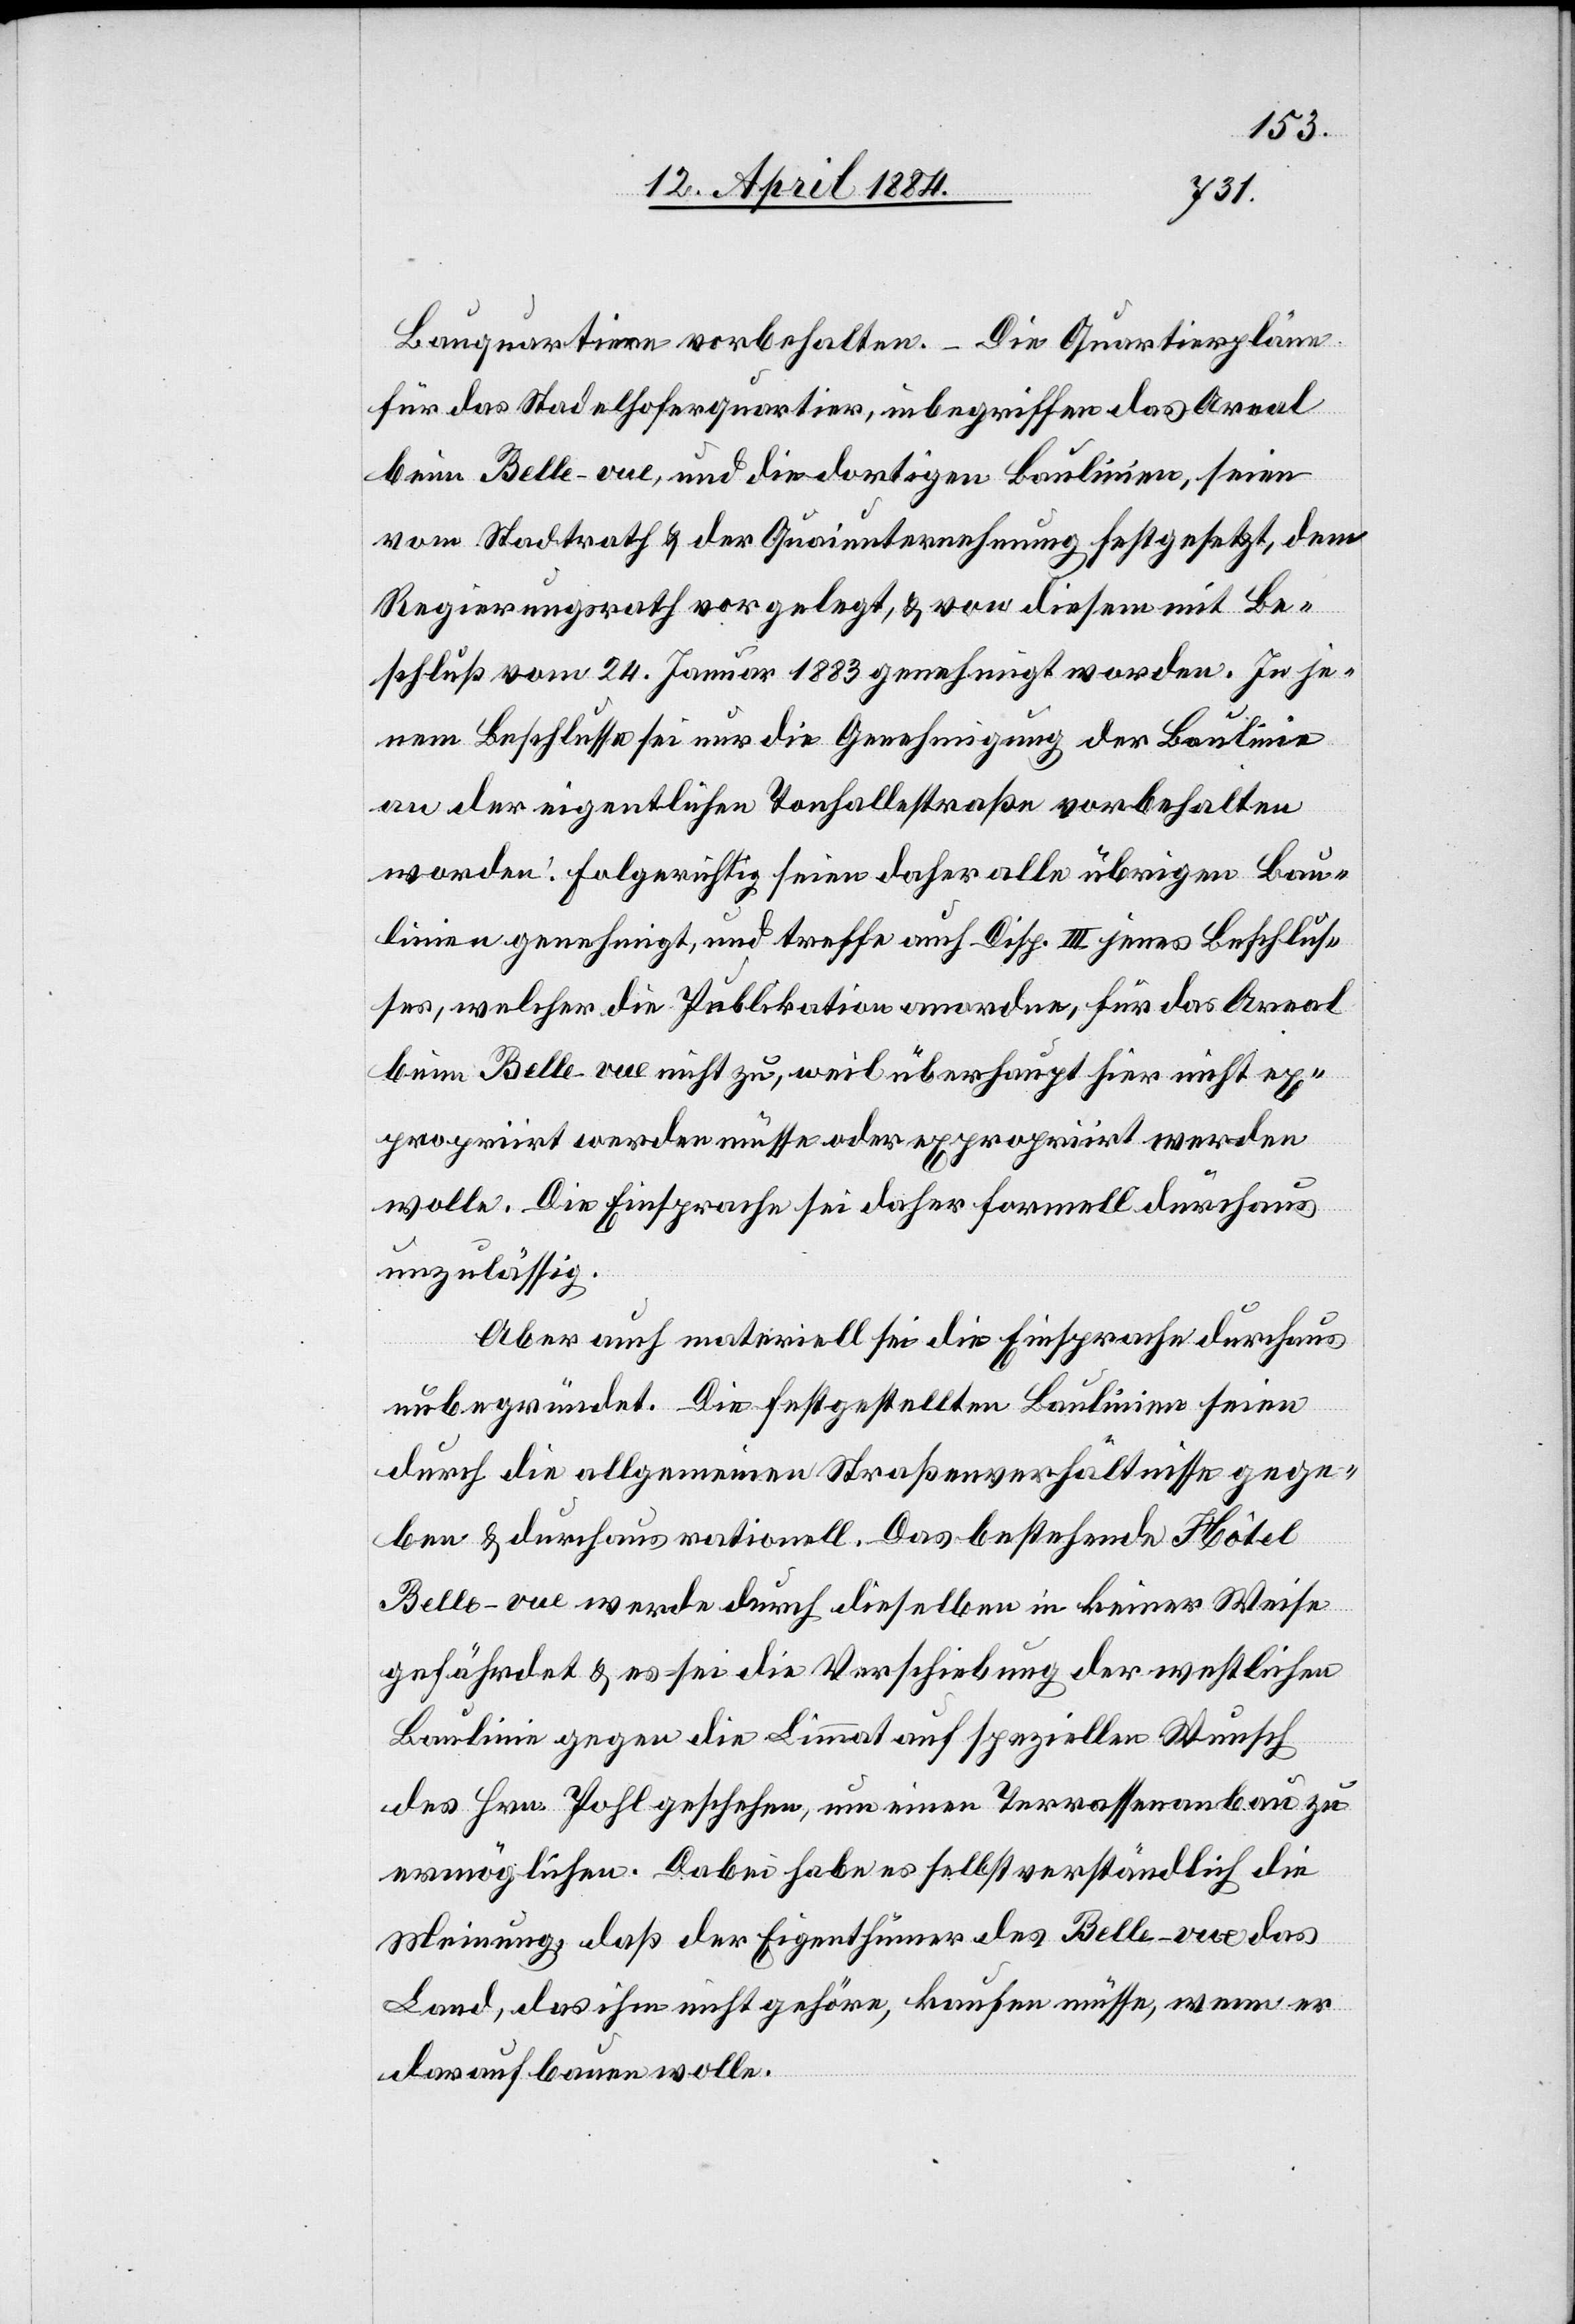
Bauquartiere vorbehalten. Die Quartierpläne
für das Stadelhoferquartier, inbegriffen das Areal
beim Belle-vue, und die dortige Baulinien, seien
vom Stadtrath & der Quaiunternehmung festgesetzt, dem
Regierungsrath vorgelegt, & von diesem mit Be¬
schluß vom 24. Januar 1883 genehmigt worden. In je¬
nem Beschlusse sei nur die Genehmigung der Baulinie
an der eigentlichen Tonhallestraße vorbehalten
worden. Folgerichtig seien daher alle übrigen Bau¬
linien genehmigt, und treffe auch Disp. III jenes Beschlus¬
ses, welcher die Publikation anordne, für das Areal
beim Belle-vue nicht zu, weil überhaupt hier nicht ex¬
propriirt werden müsse oder exprpriirt werden
wolle. Die Einsprache sei daher formell durchaus
unzulässig.
Aber auch materiell sei die Einsprache durchaus
unbegründet. Die festgestellten Baulinien seien
durch die allgemeinen Straßenverhältnisse gege¬
ben & durchaus rationell. Das bestehende Hôtel
Belle-vue werde durch dieselben in keiner Weise
gefährdet & es sei die Verschiebung der westlichen
Baulinie gegen die Limmat auf speziellen Wunsch
des Hrn. Pohl geschehen, um einen Terrassenanbau zu
ermöglichen. Dabei habe es selbstverständlich die
Meinung, daß der Eigenthümer des Belle-vue das
Land, das ihm nicht gehöre, kaufen müsse, wenn er
darauf bauen wolle.